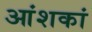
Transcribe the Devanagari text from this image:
आंशकां